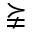
\succneqq